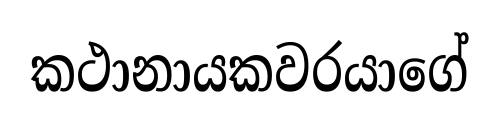
කථානායකවරයාගේ